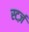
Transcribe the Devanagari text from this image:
स्टर्ज़